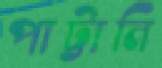
পাট্টানি